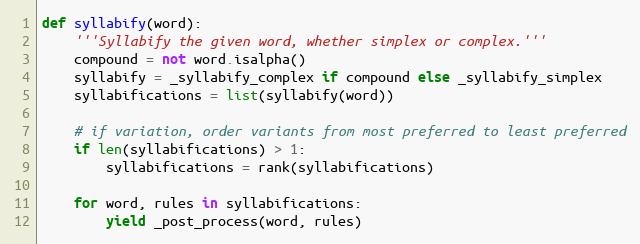
Language: Python
def syllabify(word):
    '''Syllabify the given word, whether simplex or complex.'''
    compound = not word.isalpha()
    syllabify = _syllabify_complex if compound else _syllabify_simplex
    syllabifications = list(syllabify(word))

    # if variation, order variants from most preferred to least preferred
    if len(syllabifications) > 1:
        syllabifications = rank(syllabifications)

    for word, rules in syllabifications:
        yield _post_process(word, rules)